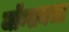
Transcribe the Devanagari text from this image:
जॉन्सनचा